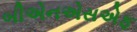
બીએનએસએફ